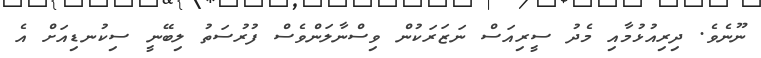
ނޫނެވެ. ދިރިއުޅުމާއި މެދު ސީރިއަސް ނަޒަރަކުން ވިސްނާލަންވެސް ފުރުސަތު ލިބޭނީ ސިކުނޑިއަށް އެ